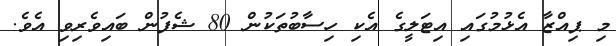
މި ޕިއްޒާ އެޅުމުގައި އިޓަލީގެ އެކި ހިސާބުތަކުން 80 ޝެފުން ބައިވެރިވި އެވެ.